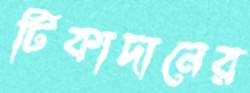
টিকাদানের